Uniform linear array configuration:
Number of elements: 48
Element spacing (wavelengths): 1
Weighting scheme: hann
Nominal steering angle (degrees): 60
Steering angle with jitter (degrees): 58.726
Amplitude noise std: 0.05
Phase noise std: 0.05

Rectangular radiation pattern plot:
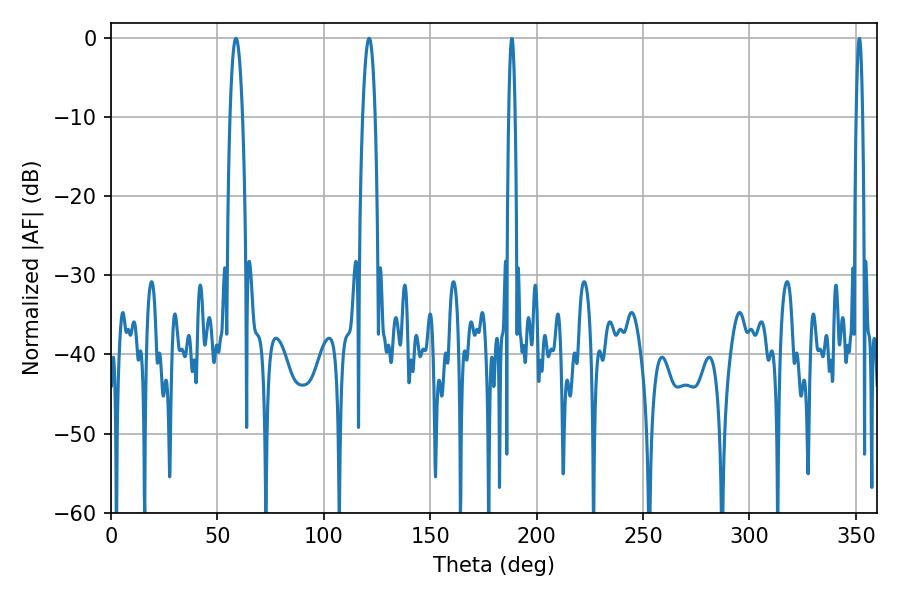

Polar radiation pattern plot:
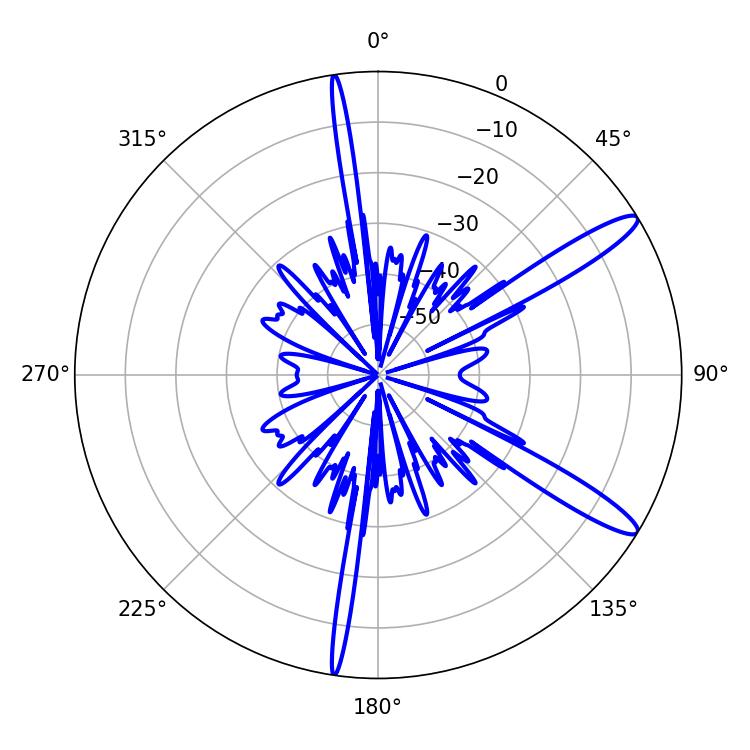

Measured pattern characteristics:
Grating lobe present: TRUE
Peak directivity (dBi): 13.191
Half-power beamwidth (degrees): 3.06
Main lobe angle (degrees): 58.68